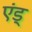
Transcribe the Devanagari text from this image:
एंड्